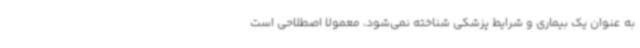
به عنوان یک بیماری و شرایط پزشکی شناخته نمی‌شود، معمولا اصطلاحی است